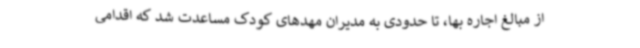
از مبالغ اجاره بها، تا حدودی به مدیران مهدهای کودک مساعدت شد که اقدامی